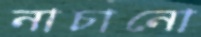
নাচানো